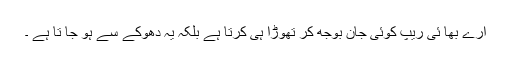
ارے بھا ئی ریپ کوئی جان بوجھ کر تھوڑا ہی کرتا ہے بلکہ یہ دھوکے سے ہو جا تا ہے ۔